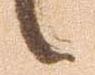
候